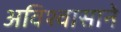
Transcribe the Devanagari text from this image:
अविश्वासाने